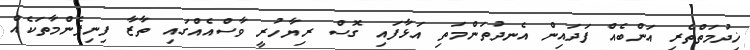
ޚިދުމަތްތެރި އަންބެއް ފަދައިން އެނދުތަންމަތި އަޅާފައި ގޮސް ރިޔާހުރީ ވާސްއެއްގައި ތާޒާ ފިނިފެންމާތަކެއް